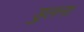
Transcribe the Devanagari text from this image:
डुलना